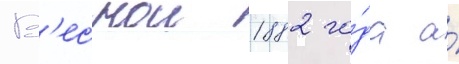
В'еснои 1882 го́да а́